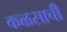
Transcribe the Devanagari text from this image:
कळसाची